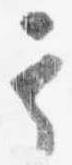
其